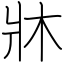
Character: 牀